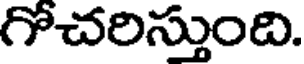
గోచరిస్తుంది.